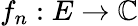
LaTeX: f_{n}:E\to\mathbb{C}